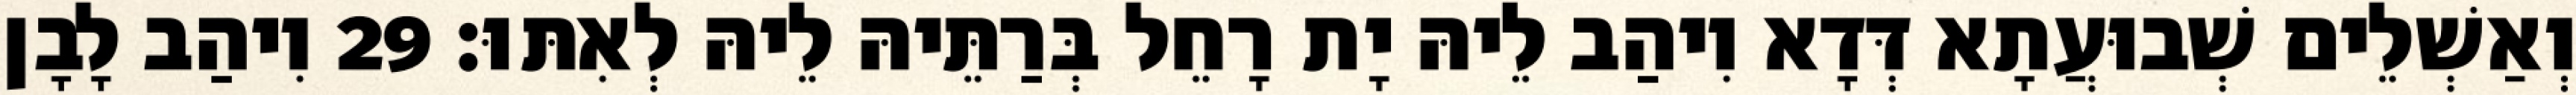
וְאַשְׁלֵים שְׁבוּעֲתָא דְּדָא וִיהַב לֵיהּ יָת רָחֵל בְּרַתֵּיהּ לֵיהּ לְאִתּוּ׃ 29 וִיהַב לָבָן